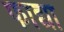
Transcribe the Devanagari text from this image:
फाद्या